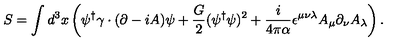
S = \int d ^ { 3 } x \left( \psi ^ { \dagger } \gamma \cdot ( \partial - i A ) \psi + \frac { G } { 2 } ( \psi ^ { \dagger } \psi ) ^ { 2 } + \frac { i } { 4 \pi \alpha } \epsilon ^ { \mu \nu \lambda } A _ { \mu } \partial _ { \nu } A _ { \lambda } \right) .